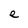
Character: e